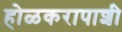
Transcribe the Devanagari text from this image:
होळकरापाशी